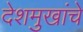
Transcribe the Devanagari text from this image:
देशमुखांचे